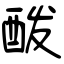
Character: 酦